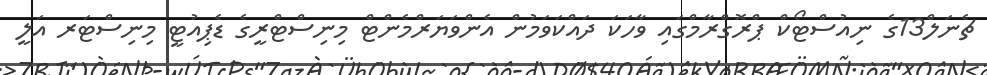
ޗެނަލް13ގެ ނިއުސްޓޯކް ޕްރޮގްރާމްގައި ވާހަކަ ދައްކަވަމުން އެންވަޔަރްމެންޓް މިނިސްޓްރީގެ ޑެޕިއުޓީ މިނިސްޓަރ އަލީ